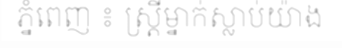
ភ្នំពេញ ៖ ស្ត្រីម្នាក់ស្លាប់យ៉ាង